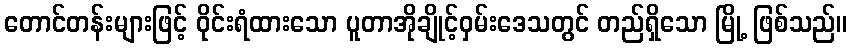
တောင်တန်းများဖြင့် ဝိုင်းရံထားသော ပူတာအိုချိုင့်ဝှမ်းဒေသတွင် တည်ရှိသော မြို့ ဖြစ်သည်။